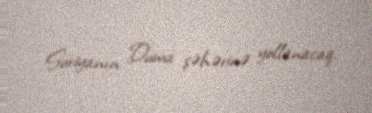
Suriyanın Duma şəhərinə yollanacaq.